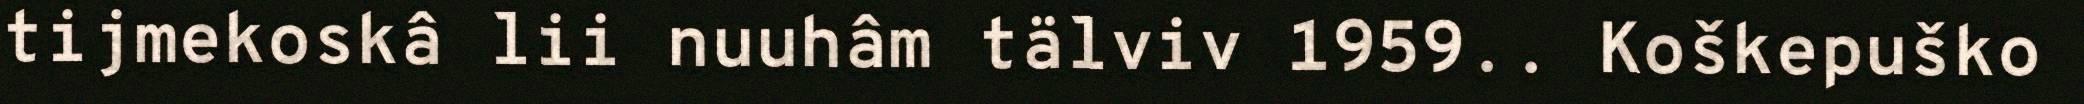
tijmekoskâ lii nuuhâm tälviv 1959.. Koškepuško